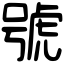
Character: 號